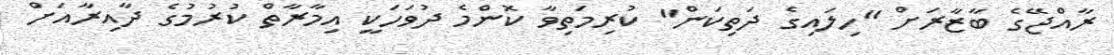
ރާއްޖޭގެ ބާޒާރަށް "ހިލައިގެ ދަތިކަން" ކުރިމަތިވާ ކޮންމެ ދުވަހަކީ އިމާރާތް ކުރުމުގެ ދާއިރާއަށް